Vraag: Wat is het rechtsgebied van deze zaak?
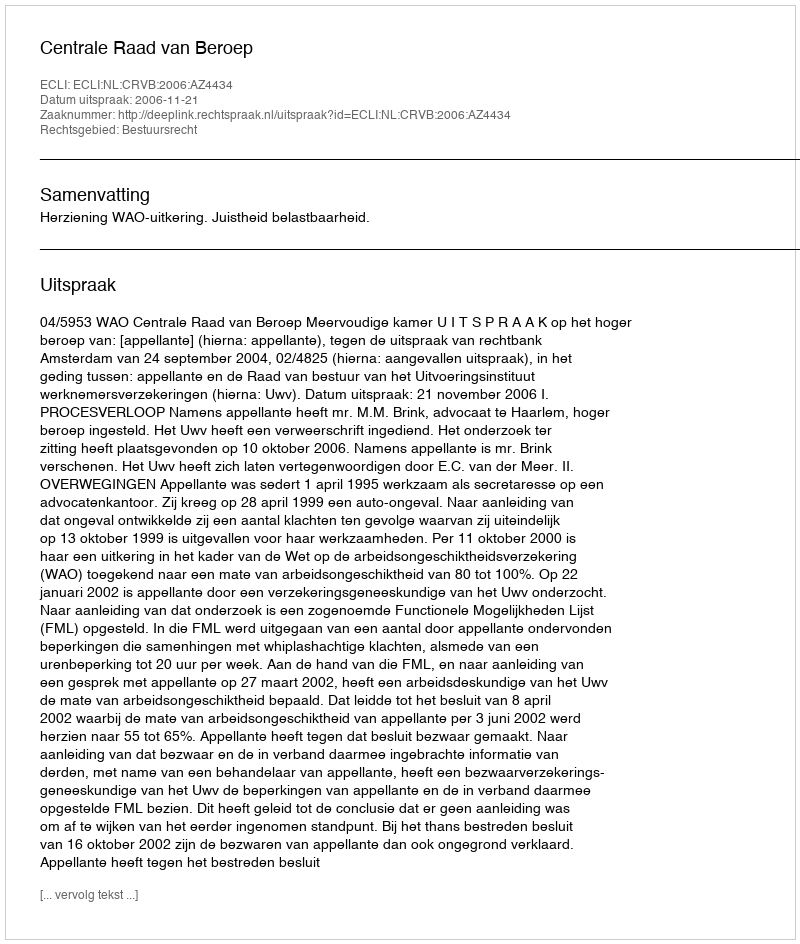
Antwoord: Bestuursrecht